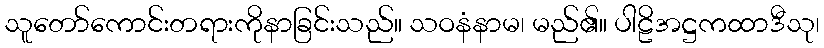
သူတော်ကောင်းတရားကိုနာခြင်းသည်။ သဝနံနာမ၊ မည်၏။ ပါဠိအဋ္ဌကထာဒီသု၊